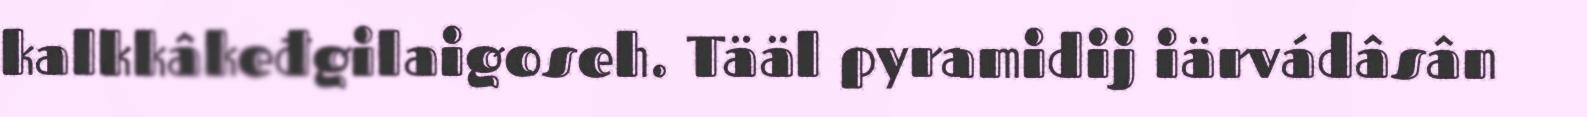
kalkkâkeđgilaigoseh. Tääl pyramidij iärvádâsân